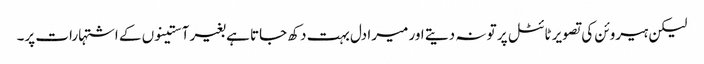
لیکن ہیروئن کی تصویر ٹائٹل پر تو نہ دیتے اور میرا دل بہت دکھ جاتا ہے بغیر آستینوں کے اشتہارات پر۔